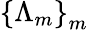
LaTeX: \left\{ \Lambda_{m}\right\} _{m}